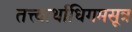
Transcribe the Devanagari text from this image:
तत्त्वार्थाधिगमसूत्र